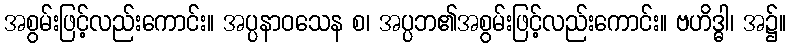
အစွမ်းဖြင့်လည်းကောင်း။ အပ္ပနာဝသေန စ၊ အပ္ပဘ၏အစွမ်းဖြင့်လည်းကောင်း။ ဗဟိဒ္ဓါ၊ အ၌။